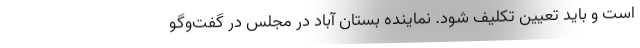
است و باید تعیین تکلیف شود. نماینده بستان آباد در مجلس در گفت‌وگو